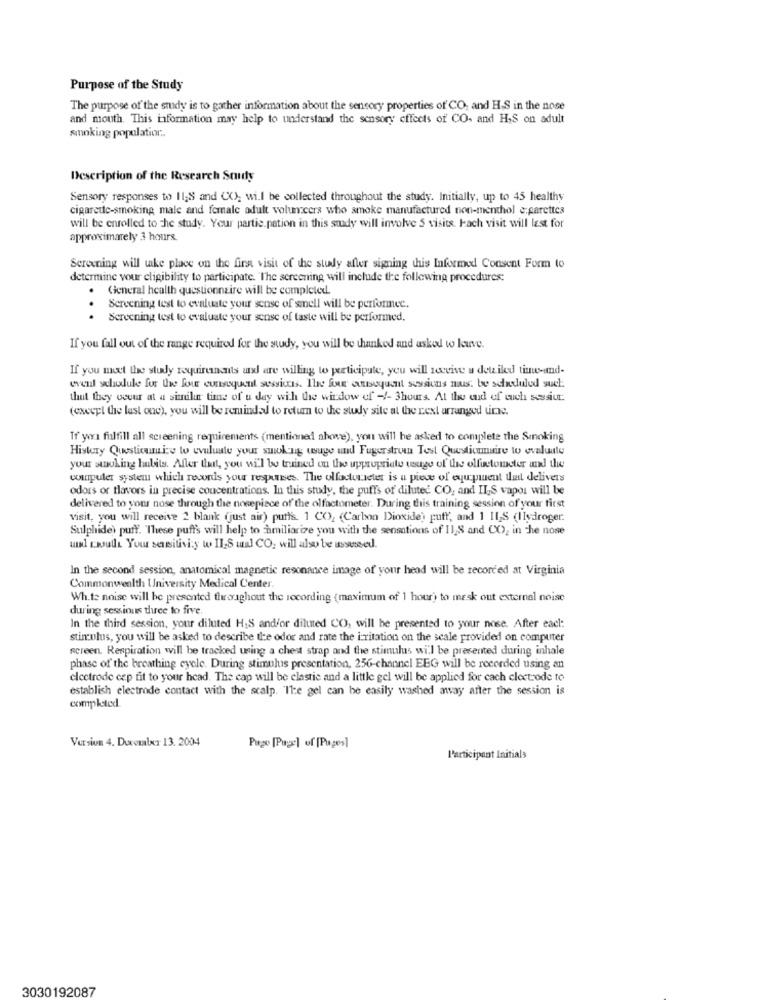
Purpose of the Study
The purpose of the study is to gather information about the sensory properties of CO, and H.S in the nose
and mouth. This information may help to understand the sensory effects of CO. and HIS on adult
smoking population ..
Description of the Research Study
Sensory responses to 11;S and (X), wi.l be collected throughout the study. Initially, up to 45 healthy
cigarede-smoking male and female adult volunteers who smoke manufactured non-menthol e.parettes
will be enrolled to che study. Your partie.pation in this study will involve 5 visits. Fach visit will lest for
approximately 3 hours.
Screening will take place on the first visit of the study after signing this Informed Consent Form to
determine vour eligibility to participate. The screening will include the following procedures:
. Gicneral health questionnaire will be completed.
.
Screening test to evaluate your sense of smell will be performee.
Screening test to evaluate your sense of taste will be performed.
If you fall out of the range required for the study, you will be thanked and asked to kurve.
If you moet the study requirements and are willing to participate, you will receive a detailed time-und-
event selaxlule for the four consequent sessions. The four consequent sessions mus. be scheduled such
that they occur at a similar time of u day with the window of -4- 3hours. At the end of euch sessiur.
(except the last one), you will be reminded to return to the study site at the next arranged tinne.
Tr yona fulfill all screening requirements (mentioned above), you will he asked to complete the Smoking
History Questicummize to evaluate your smoking wage und Fugerstrum Test Questionnaire to evaluate
your smoking habits. After that, you will be trained on the uppropriate tage of the olfuetometer and the
wapuler system which records your responses. The olfactonieter is a piece of equipment that delivers
odors or flavors in precise concentrations. In this study, the puffs of diluted CO, and ILS vapor will be
delivered to your nose through the nosepiece of the olfactometer. During this training session of your first
visit, you will receive 2 blank (just air) putts. 1 CO2 (Carbon Dioxide) puff, and 1 II,S (Ilydroger.
Sulphide) puff. These puffs will help to amiliarize you with the sensations of Il S and CO2 in the nose
un wull You sensitivity w Il-S wal CO, will also be assessed.
In the second session, anatomical magnetic resonance image of your head will be recorded at Virginia
Commonwealth University Medical Center.
White noise will be presented throughout the recording (maximum of 1 hour) to mask out external noise
during sessions three to five.
In the third session, your diluted H;S and/or diluted CO, will be presented to your nose. After eacl:
stincolus, you will be asked to describe te odor and rate the irritation on the scale provided on computer
screen. Respiration will be tracked using a chest strap and the stimulus will be presented during inhale
phase of the breathing eyele. During stimulus presentation, 256-channel EEG will be recorded using an
electrode cep fit to your head. The cap will be clastic and a little gel will be applied for cach clectrode to
establish electrode contact with the scalp. 'Ile gel can be easily washed away after the session is
completed
Version 4. Durouxr 13. 2004
Page [Page] of [Pages]
Participant Initials
3030192087